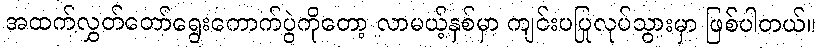
အထက်လွှတ်တော်ရွေးကောက်ပွဲကိုတော့ လာမယ့်နှစ်မှာ ကျင်းပပြုလုပ်သွားမှာ ဖြစ်ပါတယ်။